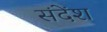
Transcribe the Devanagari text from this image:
संदेंश